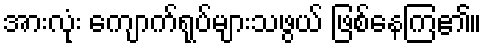
အားလုံး ကျောက်ရုပ်များသဖွယ် ဖြစ်နေကြ၏။